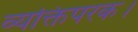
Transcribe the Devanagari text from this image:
व्यक्तिपरक।